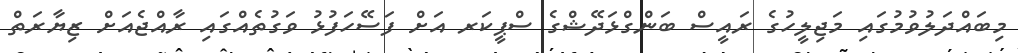
މިބައްދަލުވުމުގައި މަޖިލީހުގެ ރައީސް ބަންގްޅަދޭޝްގެ ސްޕީކަރ އަށް ފަސޭހަފުޅު ވަގުތެއްގައި ރާއްޖެއަށް ޒިޔާރަތް